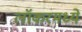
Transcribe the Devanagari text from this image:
लॉकरमध्ये